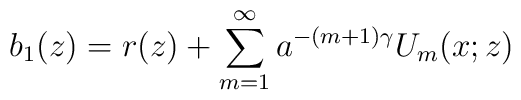
b_1(z) = r(z) + \sum^{\infty}_{m=1} a^{-(m+1)\gamma} U_m(x;z)